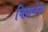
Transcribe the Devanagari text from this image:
विज़नेस